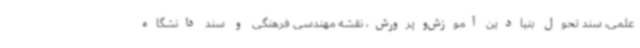
علمی، سند تحول بنیادین آموزش‌وپرورش، نقشه مهندسی فرهنگی و سند دانشگاه